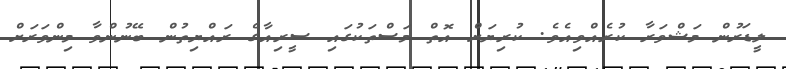
ލީޑަރުން މަޝްވަރާ ކުރެއްވިއެވެ. ކުރިޔަށް އޮތް މަސްތަކުގައި ސީރިއާގެ ރައްޔިތުން ބޭނުންވާ މިންވަރަށް